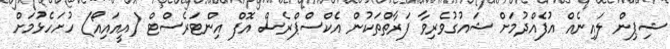
ޝިޕިން ލައިނެއް އުފެއްދުމަށް ޝައުގުވެރިވާ ފަރާތްތަކުން އެކްސްޕްރެސް އޮފް އިންޓަރެސްޓް (އީއައިއޯ) ހުށަހެޅުމަށް